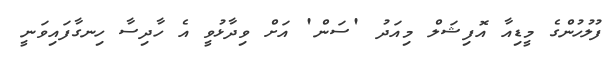
ފުލުހުންގެ މީޑިއާ އޮފިޝަލް މިއަދު 'ސަން' އަށް ވިދާޅުވީ އެ ހާދިސާ ހިނގާފައިވަނީ